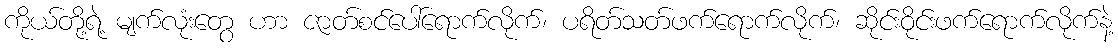
ကိုယ်တို့ရဲ့ မျက်လုံးတွေ ဟာ ဇာတ်စင်ပေါ်ရောက်လိုက်၊ ပရိတ်သတ်ဖက်ရောက်လိုက်၊ ဆိုင်းဝိုင်းဖက်ရောက်လိုက်နဲ့